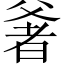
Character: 㸙